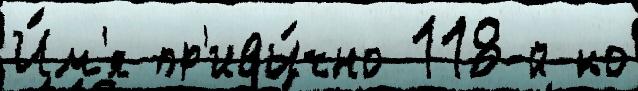
И́м'я пр'ивы́чно 118-й ко